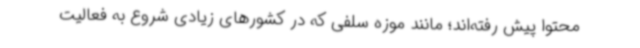
محتوا پیش رفته‌اند؛ مانند موزه سلفی که در کشورهای زیادی شروع به فعالیت